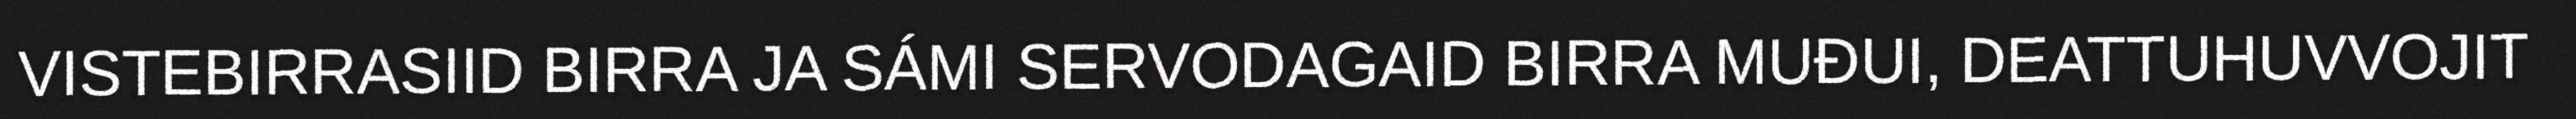
VISTEBIRRASIID BIRRA JA SÁMI SERVODAGAID BIRRA MUĐUI, DEATTUHUVVOJIT